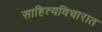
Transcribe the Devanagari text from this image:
साहित्यविचारात